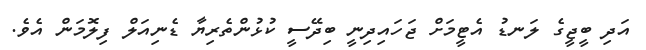
އަދި ބީޖީގެ ލަނޑު އެޓީމަށް ޖަހައިދިނީ ބިދޭސީ ކުޅުންތެރިޔާ ޑެނިއަލް ފިލޮމަން އެވެ.